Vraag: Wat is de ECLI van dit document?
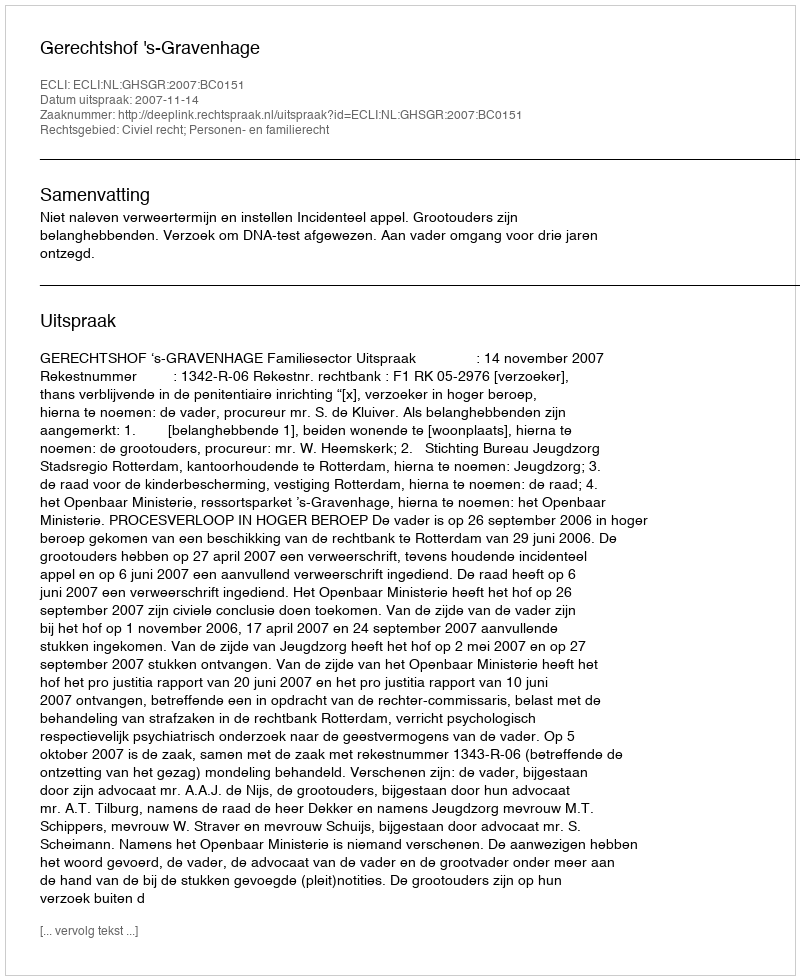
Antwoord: ECLI:NL:GHSGR:2007:BC0151